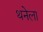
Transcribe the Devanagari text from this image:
थनेला